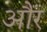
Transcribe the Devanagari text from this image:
औंर